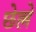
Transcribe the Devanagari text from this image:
छेल्ले